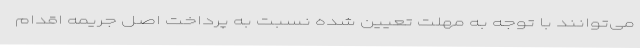
می‌توانند با توجه به مهلت تعیین شده نسبت به پرداخت اصل جریمه اقدام